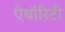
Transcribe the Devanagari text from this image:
ऐथॉऱिटी